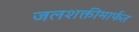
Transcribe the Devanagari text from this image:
जलशक्तीमार्फत